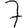
Digit: 7